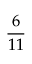
\frac { 6 } { 1 1 }